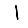
Digit: 1